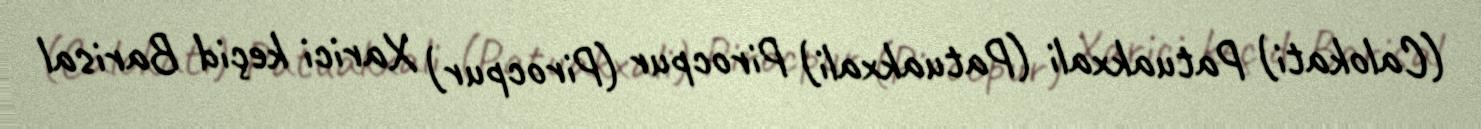
(Calokati) Patuakxali (Patuakxali) Pirocpur (Pirocpur) Xarici keçid Barisal